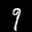
Label: 9